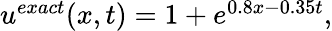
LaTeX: \begin{array}{r}{u^{exact}(x,t)=1+e^{0.8x-0.35t},}\end{array}